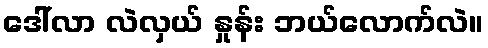
ဒေါ်လာ လဲလှယ် နှုန်း ဘယ်လောက်လဲ။